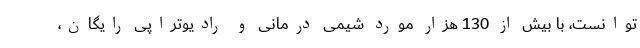
توانست، با بیش از 130 هزار مورد شیمی درمانی و رادیوتراپی رایگان،